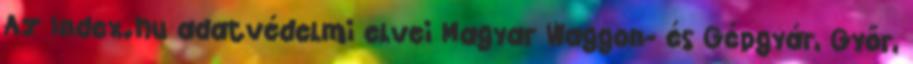
Az Index.hu adatvédelmi elvei Magyar Waggon- és Gépgyár, Győr,